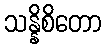
သန္နိစိတော